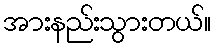
အားနည်းသွားတယ်။